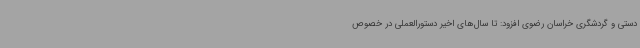
دستی و گردشگری خراسان رضوی افزود: تا سال‌های اخیر دستورالعملی در خصوص